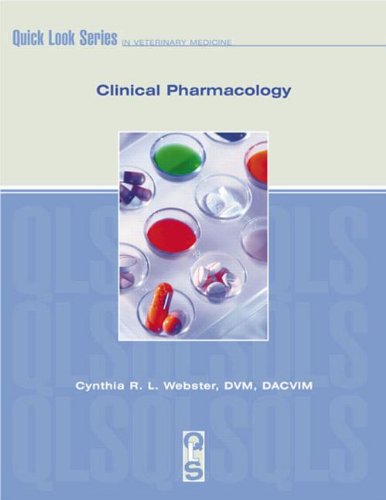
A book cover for Clinical Pharmacology (Quick Look Series); Cynthia Webster; Medical Books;